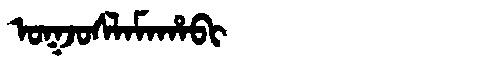
Manchu: ᠣᡴᠵᠣᠰᠯᠠᠮᠠᡥᠠᠪᡳ
Romanization: OKJOSLAMAHABI